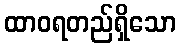
ထာဝရတည်ရှိသော